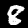
Label: 8